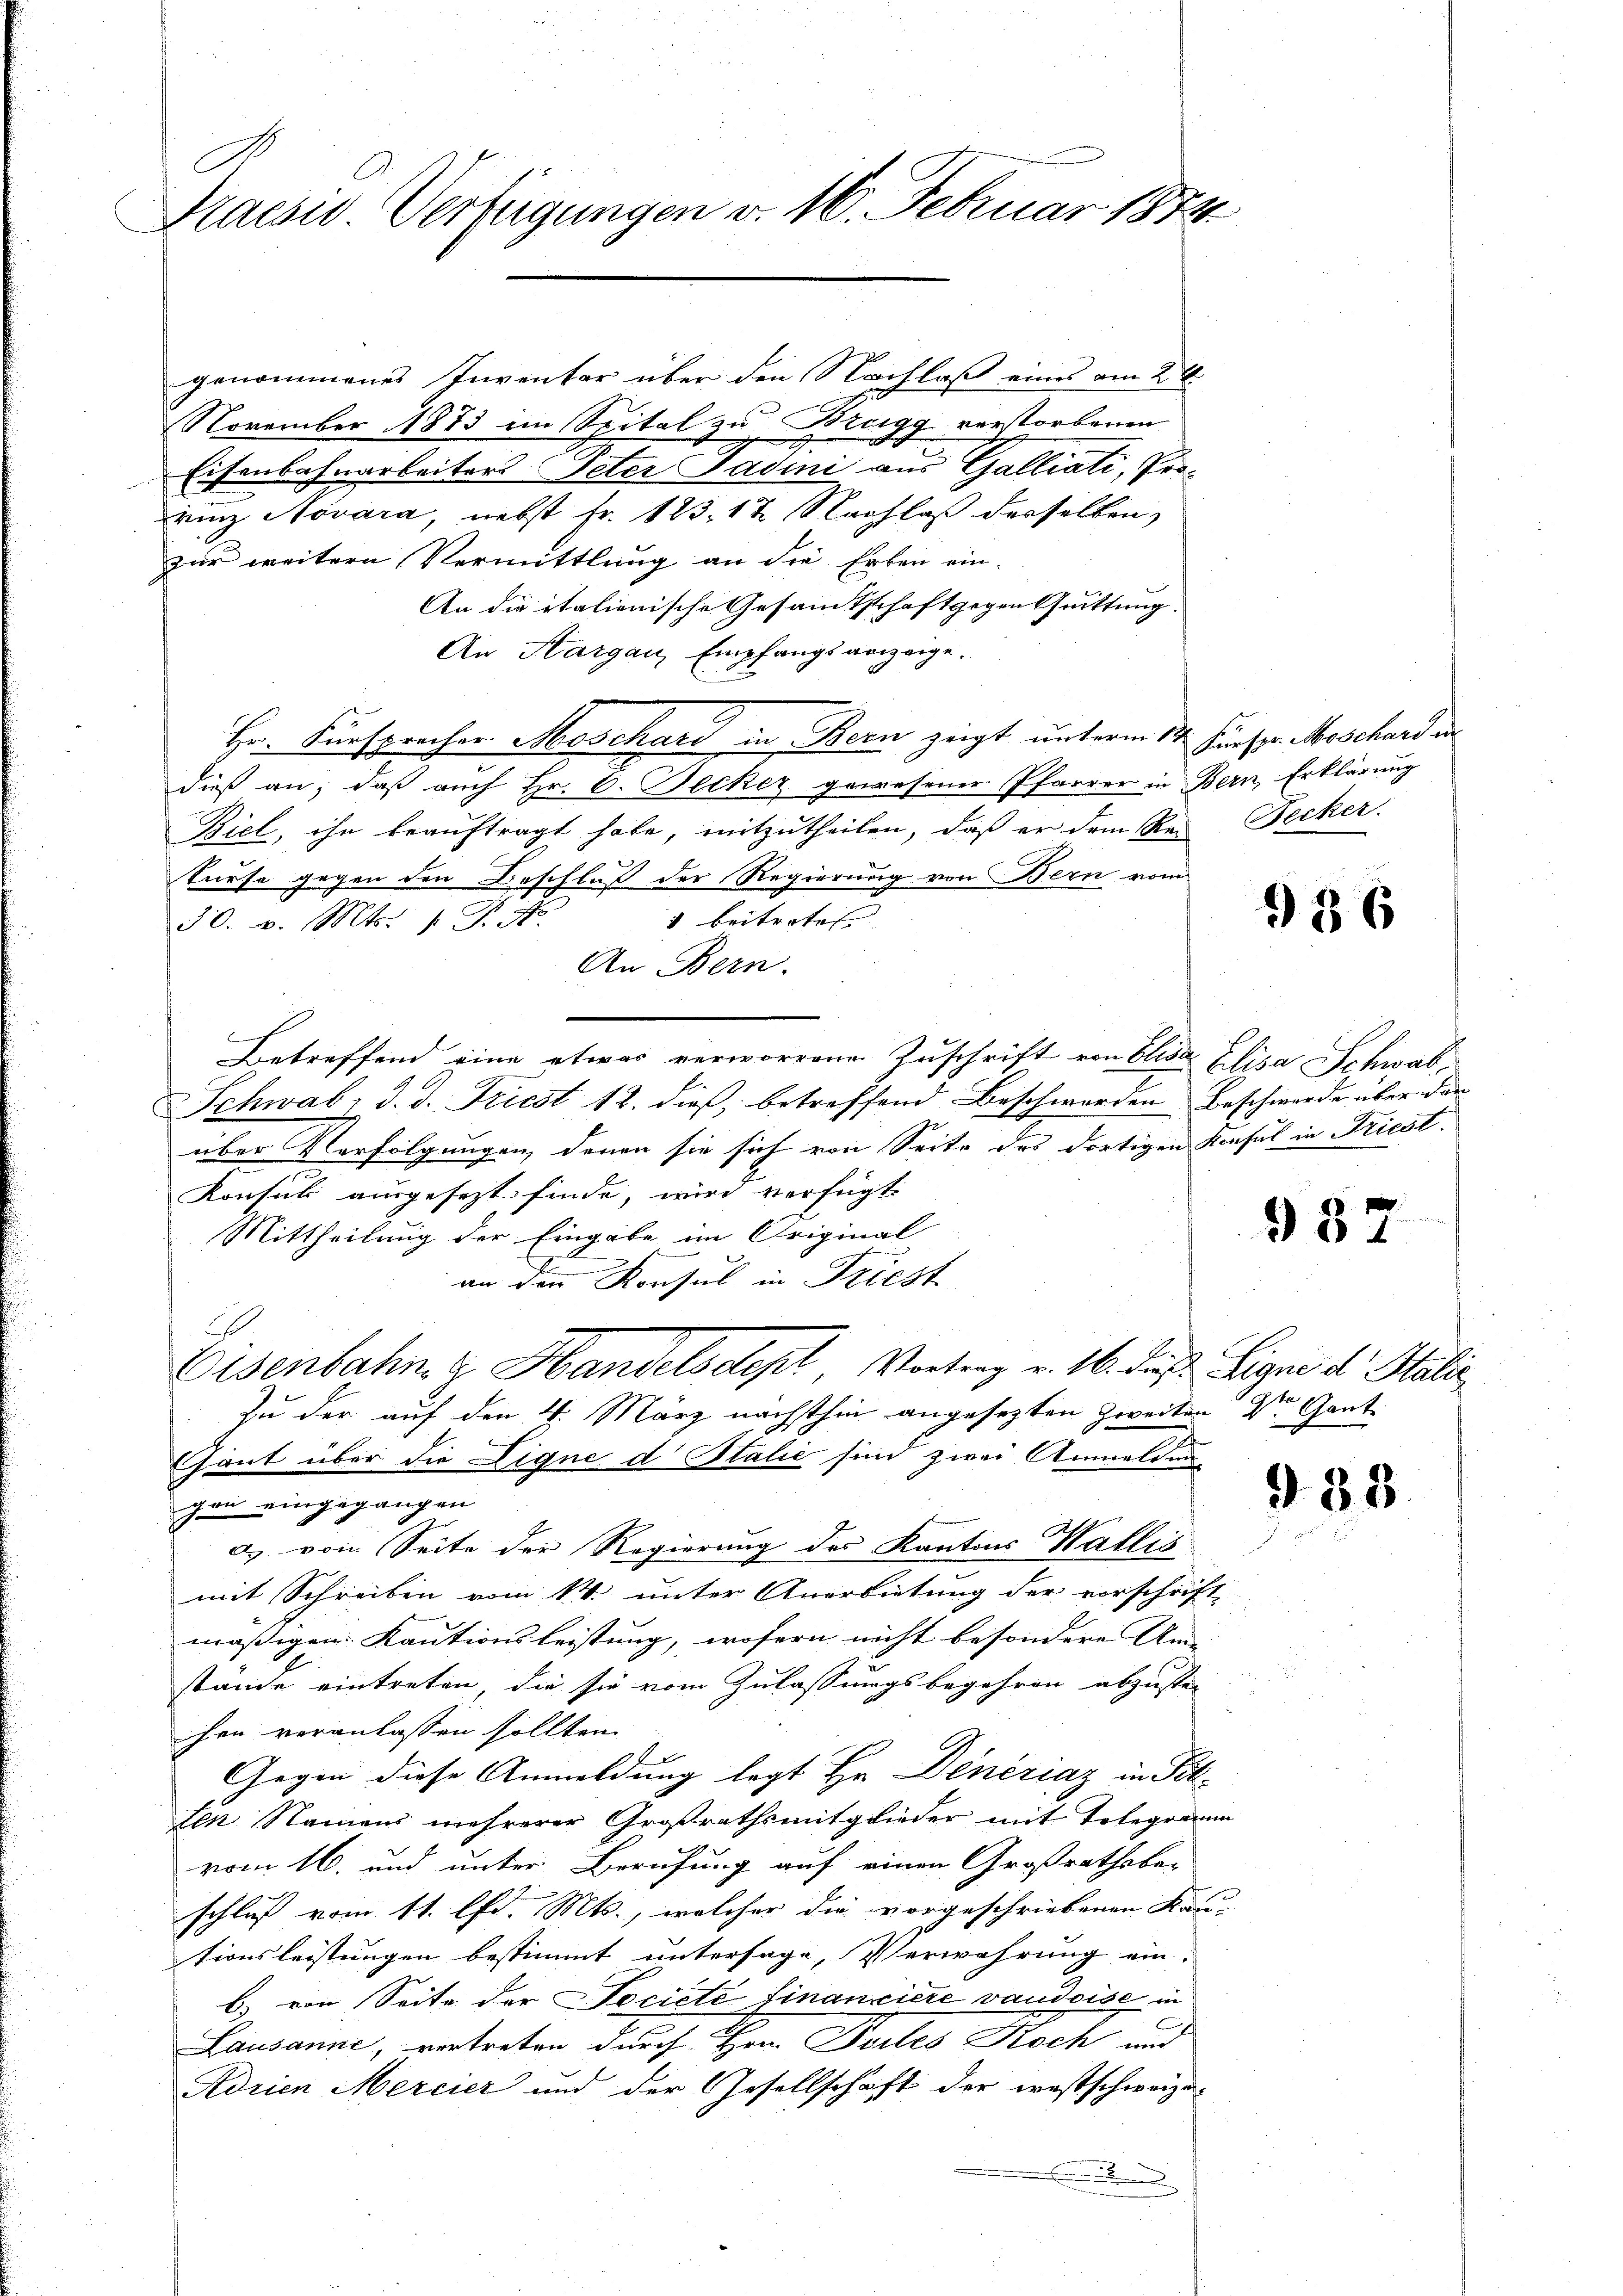
Praesu. Verfügungen d. 16. Februar 1874.

genommenes Inventar über den Nachlaß eines am 2t
November 1873 im Spital zu Bregg verstorbenen
Eisenbahnarbeiter Peter Sadini aus Galliati, Pro¬
Brinz Novara, nebst Fr. 123. 17. Nachlaß derselben,
zur weitere Vermittlung an die Erben ein-
An die italienische Gesamtschaft gegen Quittung.
An Hargau, Empfangsanzeige.
Hr. Fürsprocher Moschard in Bern zeigt unterm 14. Fürspr. Moschard in
dieß an, daß auch Hr. C. Becker gewesener Pfarrer in Bern, Erklärung
Biel, ihn beauftragt habe, mitzutheilen, daß er dem Rei-Tecker.
Surse gegen den Beschluß der Regierung von Bern vom
1 beitretes |
30. v. Mts. 1 P. Nr.
An Bern.
Betreffend eine etwas verworrene Zuschrift von Elisa Elisa Schwab¬
Schwab, d. d. Triest 12. dieß, betreffend Beschwerden Beschwerde über der
über Verfolgungen, denen sie sich von Seite des dortigen Konsul in Friest.
Konsul ausgesezt finde, wird verfügt:
Mittheilung der Eingabe im Original
an den Konsul in Friest
2
Eisenbahn & Handelsdept, Vortrag v. 16. des Eigne der Stalie
Zu der auf den 4. März nächsthin angesezten Zweiten Dr. Gant¬
Gant über die Digne d Italić sind zwei Anmeldunhan eingegangen
a. von Seite der Regierung des Kantons Wallis
mit Schreiben vom 14. unter Anerbietung der vorschrift-
mäßigen Kautionsleistung, wofern nicht besondere Um- |
stande eintreten, die sie vom Zulassungsbegehren abzusten
hen veranlassen sollten.
E
Gegen diese Anmeldung legt Hr. Deneziaz in Sch
ten Namens mehrerer Großrathsmitglieder mit Telegramm
vom 16. und unter Berufung auf einen Großrathsbe-
schluß vom 11. lfd. Mts., welcher die vorgeschriebenen Kau- |
tionsleistungen bestimmt untersage, Verwahrung ein-
b) von Seite der Societe financiere vaudoise in
Lausanne, vertreten durch Hrn. Teiles Koch und
Adrien Mercier und der Gesellschaft der westschweize-

936

937

988.